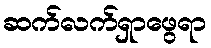
ဆက်လက်ရှာဖွေရာ